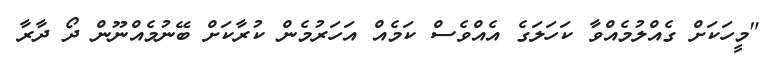
"މީހަކަށް ގެއްލުމެއްވާ ކަހަލަގެ އެއްވެސް ކަމެއް އަހަރުމެން ކުރާކަށް ބޭނުމެއްނޫން ދޯ ދާރާ